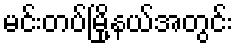
မင်းတပ်မြို့နယ်အတွင်း